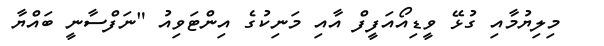
މިލިޔުމާއި ގުޅޭ ވީޑިއޯއަފީފް އާއި މަނިކުގެ އިންޓަވިއު "ނަފްސާނީ ބައްޔާ